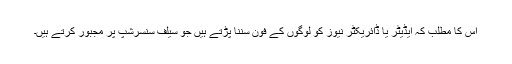
اس کا مطلب کہ ایڈیٹر یا ڈائریکٹر نیوز کو لوگوں کے فون سننا پڑتے ہیں جو سیلف سنسرشپ پر مجبور کرتے ہیں۔